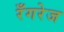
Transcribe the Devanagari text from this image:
रँगरेज